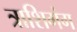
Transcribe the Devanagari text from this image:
त्राशिगंग